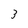
Character: 3